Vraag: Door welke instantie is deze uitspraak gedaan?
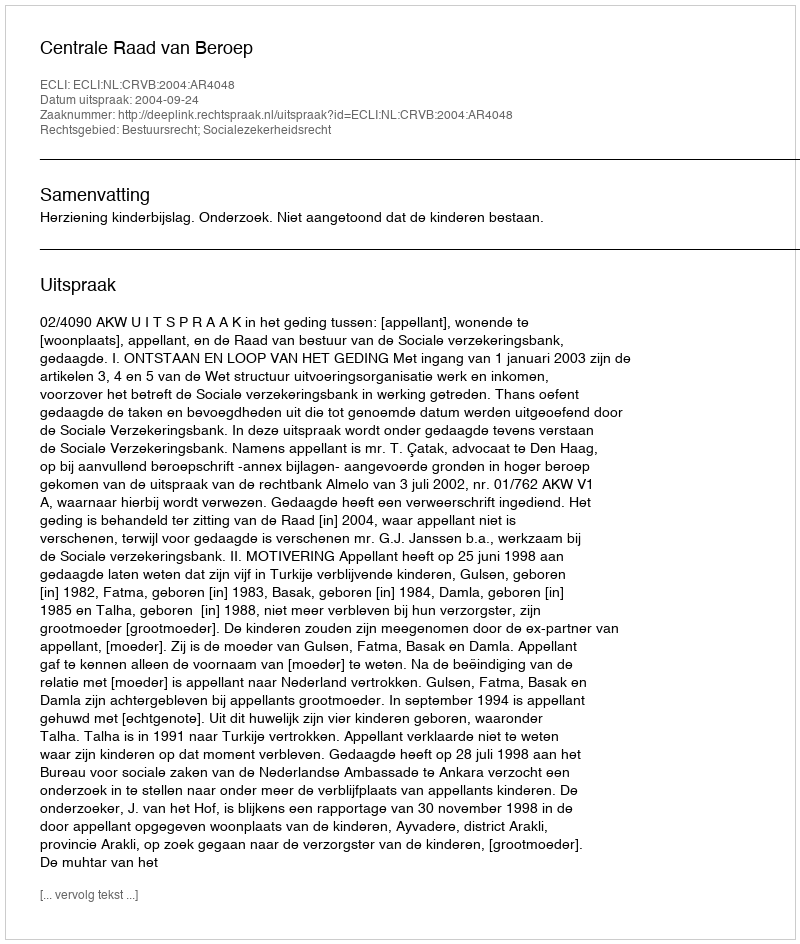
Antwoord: Centrale Raad van Beroep